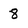
Character: 8